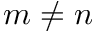
m \neq n